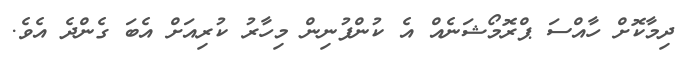
ދިމާކޮށް ހާއްސަ ޕްރޮމޯޝަނެއް އެ ކުންފުނިން މިހާރު ކުރިއަށް އެބަ ގެންދެ އެވެ.